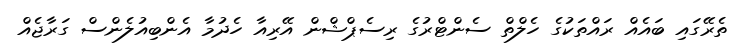
ތެރޭގައި ބައެއް ރައްތަކުގެ ހެލްތް ސެންޓްރުގެ ރިސެޕްޝްން އޭރިއާ ހެދުމާ އެންބިއުލެންސް ގަރާޖެއް